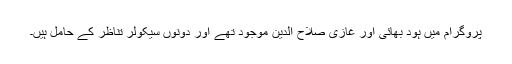
پروگرام میں ہود بھائی اور غازی صلاح الدین موجود تھے اور دونوں سیکولر تناظر کے حامل ہیں۔